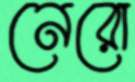
নেরো